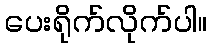
ပေးရိုက်လိုက်ပါ။